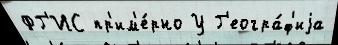
ФГ'ИС пр'им'е́рно У Г'еогра́ф'иjа